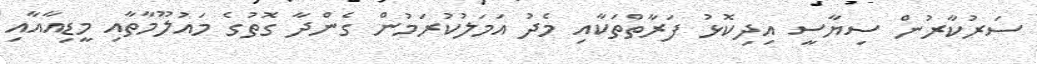
ސަރުކާރުން ސިޔާސީ އިދިކޮޅު ފަރާތްތަކާއި މެދު އަމަލުކުރަމުން ގެންދާ ގޮތުގެ މައުލޫމާތާއި މީޑިއާއާއި